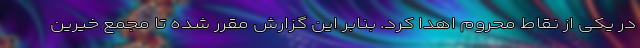
در یکی از نقاط محروم اهدا کرد. بنابر این گزارش مقرر شده تا مجمع خیرین